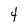
Character: 4